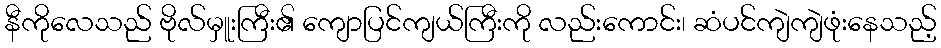
နီကိုလေသည် ဗိုလ်မှူးကြီး၏ ကျောပြင်ကျယ်ကြီးကို လည်းကောင်း၊ ဆံပင်ကျဲကျဲဖုံးနေသည့်